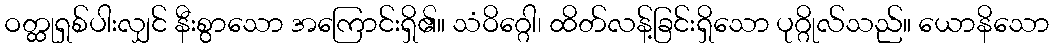
ဝတ္ထုရှစ်ပါးလျှင် နီးစွာသော အကြောင်းရှိ၏။ သံဝိဂ္ဂေါ၊ ထိတ်လန့်ခြင်းရှိသော ပုဂ္ဂိုလ်သည်။ ယောနိသော